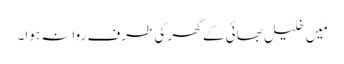
مَیں خلیل بھائی کے گھر کی طرف روانہ ہوا۔